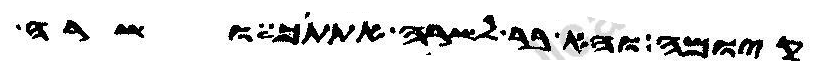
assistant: קיומה והא בר לשרה אתתך ושרה